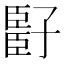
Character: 𬛧